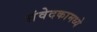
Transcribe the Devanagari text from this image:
संवेदकामध्ये